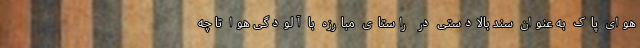
هوای پاک به عنوان سند بالادستی در راستای مبارزه با آلودگی هوا تا چه